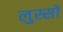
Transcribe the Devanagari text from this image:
लुस्सो